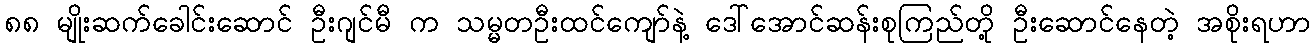
၈၈ မျိုးဆက်ခေါင်းဆောင် ဦးဂျင်မီ က သမ္မတဦးထင်ကျော်နဲ့ ဒေါ်အောင်ဆန်းစုကြည်တို့ ဦးဆောင်နေတဲ့ အစိုးရဟာ